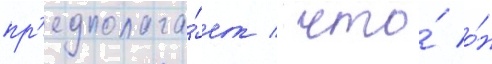
пр'едполага́ет / что́ о́н